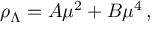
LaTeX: \rho _ { \Lambda } = A \mu ^ { 2 } + B \mu ^ { 4 } \, ,